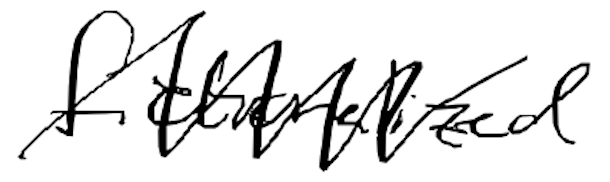
Text: fictionalized
Cross-out: zig-zag
Writing tool: digital_black